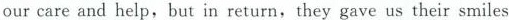
ourcare and help, but in return, they gave us their smiles